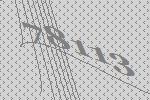
78113